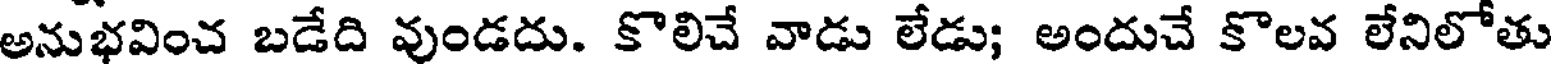
అనుభవించ బడేది వుండదు. కొలిచే వాడు లేడు; అందుచే కొలవ లేనిలోతు